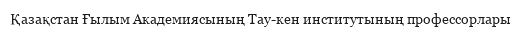
Қазақстан Ғылым Академиясының Тау-кен институтының профессорлары